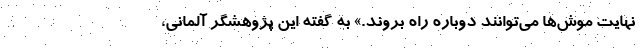
نهایت موش‌ها می‌توانند دوباره راه بروند.» به گفته این پژوهشگر آلمانی،